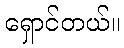
ရှောင်တယ်။